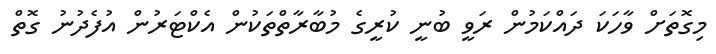
މިގޮތަށް ވާހަކަ ދައްކަމުން ރަވީ ބުނީ ކުރީގެ މުބާރާތްތަކުން އެކްޓަރުން އުފެދުނު ގޮތް